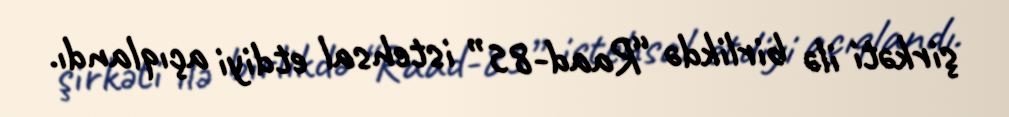
şirkəti ilə birlikdə “Raad-85” istehsal etdiyi açıqlandı.